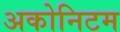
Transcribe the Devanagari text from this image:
अकोनिटम